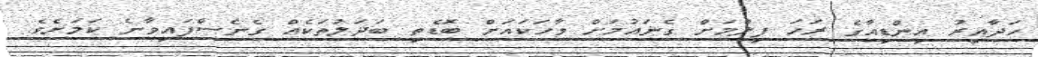
ހަދާއިރު އިންޑިއާގެ ރަހަ ފިލްމަށް ގެނައުމަށް ވާހަކައަށް ބޮޑެތި ބަދަލުތަކެއް ގެނެސްފައިވާނެ ކަމަށެވެ.